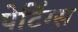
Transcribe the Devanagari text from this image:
पेटिंग्स